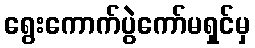
ရွေးကောက်ပွဲကော်မရှင်မှ